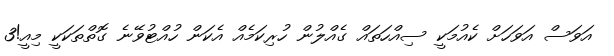
އަވަސް އަވަހަށް ކެއުމަކީ ސިއްހަތައް ގެއްލުން ހުރިކަމެއް އެކަން ހުއްޓުވޭނެ ގޮތްތަކަކީ މިއީ!3